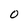
Character: 0